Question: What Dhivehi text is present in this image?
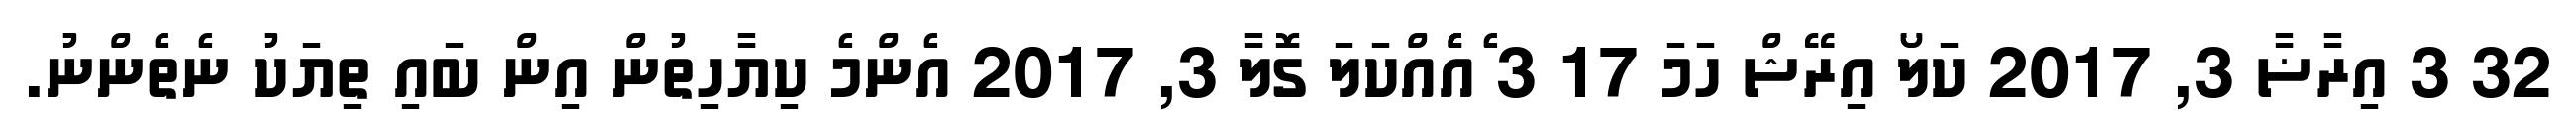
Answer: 32 3 އިރާޟާ 3, 2017 ކަލޯ އިރޭޝް ހަމަ 17 3 ެއެެެއްކަލަ ގޮލާ 3, 2017 އެންމެ ކިޔާހިތުން އިން ބައި ތިޔަކު ނެތެންނު.